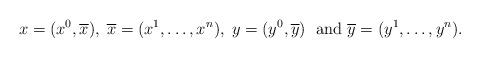
LaTeX: \begin{align*}x=(x^0, \overline{x}),\;\overline{x}=(x^1,\ldots,x^n),\;y=(y^0, \overline{y})\;\mbox{ and }\overline{y}=(y^1,\ldots,y^n).\end{align*}